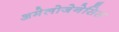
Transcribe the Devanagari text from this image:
अमेलोजेनेसिस